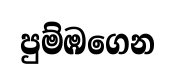
පුම්ඹගෙන